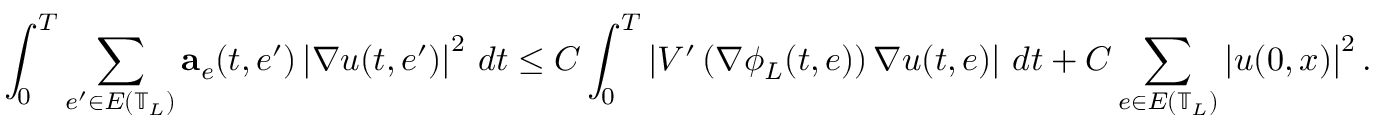
\int _ { 0 } ^ { T } \sum _ { e ^ { \prime } \in E \left( \mathbb { T } _ { L } \right) } \mathbf { a } _ { e } ( t , e ^ { \prime } ) \left| \nabla u ( t , e ^ { \prime } ) \right| ^ { 2 } \, d t \leq C \int _ { 0 } ^ { T } \left| V ^ { \prime } \left( \nabla \phi _ { L } ( t , e ) \right) \nabla u ( t , e ) \right| \, d t + C \sum _ { e \in E \left( \mathbb { T } _ { L } \right) } \left| u ( 0 , x ) \right| ^ { 2 } .